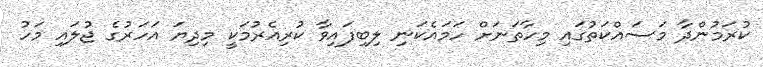
ކުރަމުންދާ މަސައްކަތުގައި މިހާތަނަށް ހަމައެކަނި ލިބިފައިވާ ކުރިއެރުމަކީ މިދިޔަ އަހަރުގެ ޖުލައި މަހު